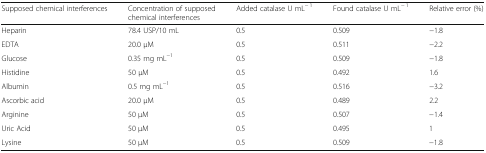
<table><thead><tr><td><b>Supposed chemical interferences</b></td><td><b>Concentration of supposed chemical interferences</b></td><td><b>Added catalase U mL<sup>− 1</sup></b></td><td><b>Found catalase U mL<sup>− 1</sup></b></td><td><b>Relative error (%)</b></td></tr></thead><tbody><tr><td>Heparin</td><td>78.4 USP/10 mL</td><td>0.5</td><td>0.509</td><td>−1.8</td></tr><tr><td>EDTA</td><td>20.0 μM</td><td>0.5</td><td>0.511</td><td>−2.2</td></tr><tr><td>Glucose</td><td>0.35 mg mL<sup>−1</sup></td><td>0.5</td><td>0.509</td><td>−1.8</td></tr><tr><td>Histidine</td><td>50 μM</td><td>0.5</td><td>0.492</td><td>1.6</td></tr><tr><td>Albumin</td><td>0.5 mg mL<sup>−1</sup></td><td>0.5</td><td>0.516</td><td>−3.2</td></tr><tr><td>Ascorbic acid</td><td>20.0 μM</td><td>0.5</td><td>0.489</td><td>2.2</td></tr><tr><td>Arginine</td><td>50 μM</td><td>0.5</td><td>0.507</td><td>−1.4</td></tr><tr><td>Uric Acid</td><td>50 μM</td><td>0.5</td><td>0.495</td><td>1</td></tr><tr><td>Lysine</td><td>50 μM</td><td>0.5</td><td>0.509</td><td>−1.8</td></tr></tbody></table>